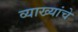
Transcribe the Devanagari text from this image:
व्याख्यांचे